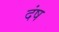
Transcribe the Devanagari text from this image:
दंष